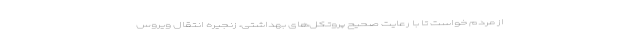
از مردم خواست تا با رعایت صحیح پروتکل‌های بهداشتی، زنجیره انتقال ویروس